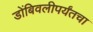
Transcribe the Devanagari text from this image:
डोंबिवलीपर्यंतचा